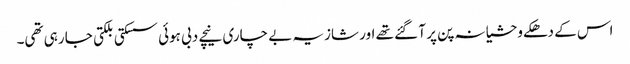
اس کے دھکے وحشیانہ پن پر آ گئے تھے اور شازیہ بے چاری نیچے دبی ہوئی سسکتی بلکتی جا رہی تھی۔